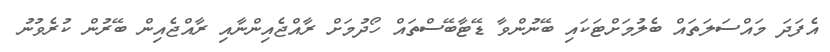
އެފަދަ މައްސަލަތައް ބެލުމަށްޓަކައި ބޭނުންވާ ޑޭޓާބޭސްތައް ހޯދުމަށް ރާއްޖެއިންނާއި ރާއްޖެއިން ބޭރުން ކުރެވުނު